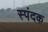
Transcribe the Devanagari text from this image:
स्पंदक